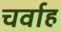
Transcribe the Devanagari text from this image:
चर्वाह